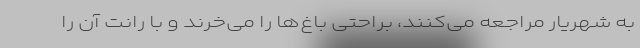
به شهریار مراجعه می‌کنند، براحتی باغ‌ها را می‌خرند و با رانت آن را